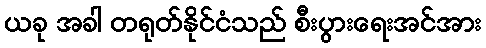
ယခု အခါ တရုတ်နိုင်ငံသည် စီးပွားရေးအင်အား